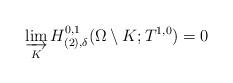
LaTeX: \begin{align*}\varinjlim_K H_{(2), \delta}^{0,1}(\Omega\setminus K;T^{1,0})=0\end{align*}